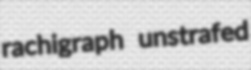
rachigraph unstrafed